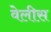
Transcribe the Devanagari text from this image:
वेलीस